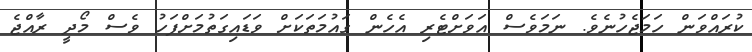
ކުރައްވަން ހަމަޖެހުނެވެ. ނަމަވެސް އަވަށްޓެރި އެހެން ގައުމަތަކަށް ވަޑައިގަތުމަށްފަހު ވެސް މޯދީ ރާއްޖެ